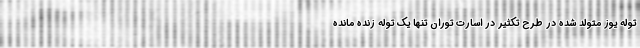
توله یوز متولد شده در طرح تکثیر در اسارت توران تنها یک توله زنده مانده